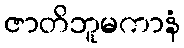
ဇာတိဘူမကာနံ